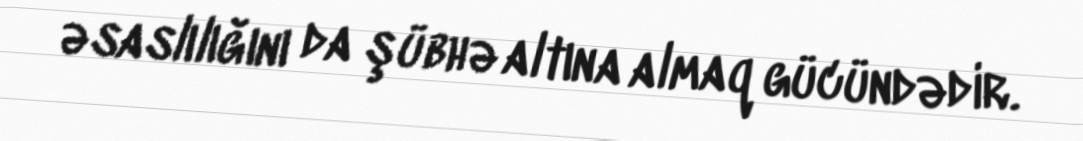
əsaslılığını da şübhə altına almaq gücündədir.